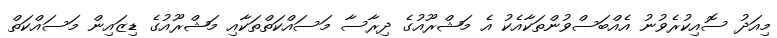
މިއަދު ސޮއިކުރެވުނު އެއްބަސްވުންތަކާއެކު އެ މަޝްރޫއުގެ ދިރާސާ މަސައްކަތްތަކާއި މަޝްރޫއުގެ ޑިޒައިން މަސައްކަތް